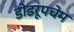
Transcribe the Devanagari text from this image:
डोडरूपचेम